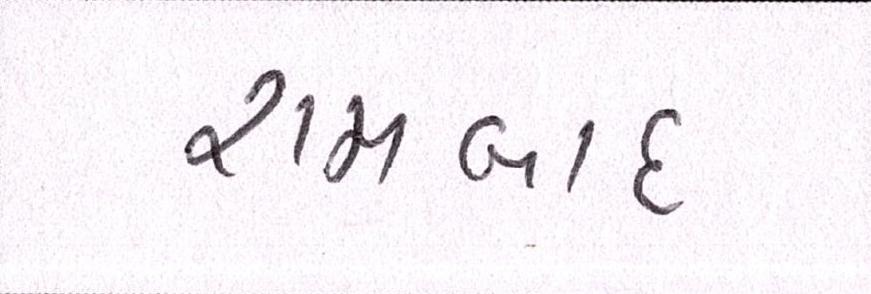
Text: રામબાદ